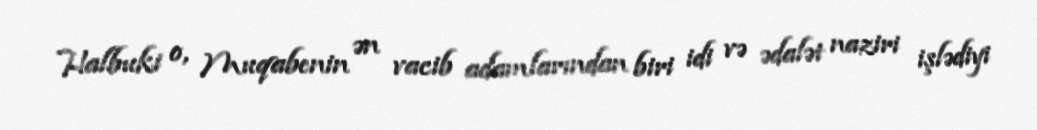
Halbuki o, Muqabenin ən vacib adamlarından biri idi və ədalət naziri işlədiyi